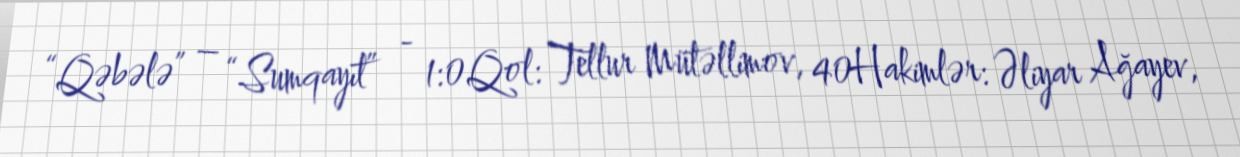
“Qəbələ” – “Sumqayıt” - 1:0Qol: Tellur Mütəllimov, 40Hakimlər: Əliyar Ağayev,